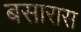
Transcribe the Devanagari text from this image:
बसारास